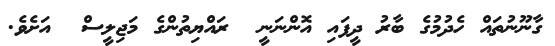
ގާނޫނުތައް ހެދުމުގެ ބާރު ދީފައި އޮންނަނީ  ރައްޔިތުންގެ މަޖިލީސް  އަށެވެ.